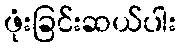
ဖုံးခြင်းဆယ်ပါး